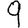
Digit: 9